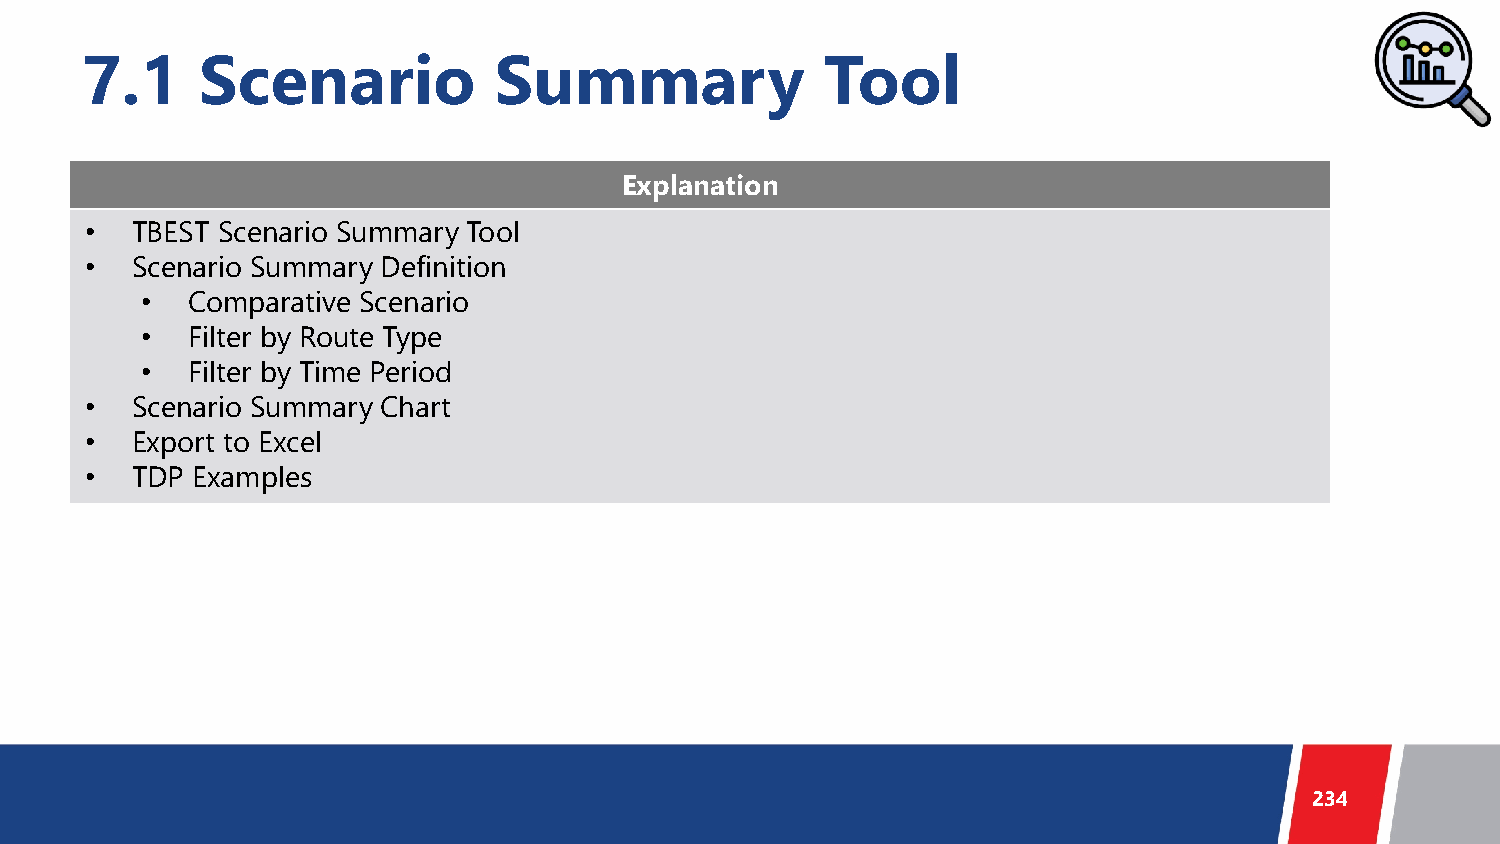
7.1     Scenario            Summary               Tool
 Explanation
 •  TBEST Scenario Summary Tool
 •  Scenario Summary Definition
 •  Comparative Scenario
 •  Filter by Route Type
 •  Filter by Time Period
 •  Scenario Summary Chart
 •  Export to Excel
 •  TDP Examples
 234